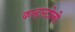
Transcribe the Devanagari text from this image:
कन्हारटोली